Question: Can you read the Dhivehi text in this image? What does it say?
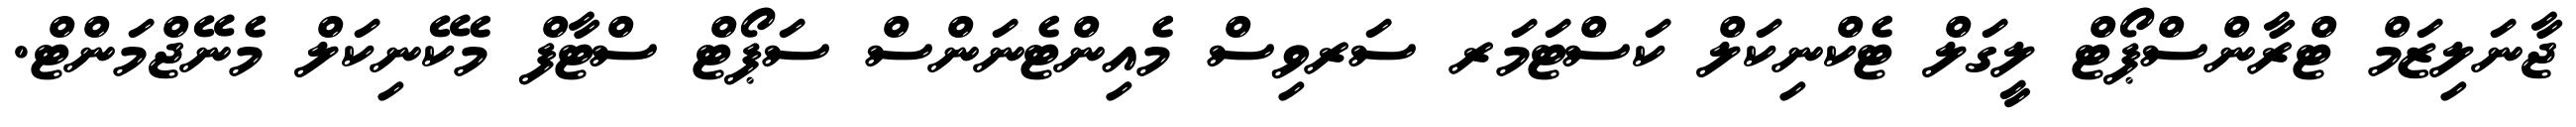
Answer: ޖާނަލިޒަމް ޓްރާންސްޕޯޓް ލީގަލް ޓެކްނިކަލް ކަސްޓަމަރ ސަރވިސް މެއިންޓެނަންސް ސަޕޯޓް ސްޓާފް މެކޭނިކަލް މެނޭޖްމަންޓް.